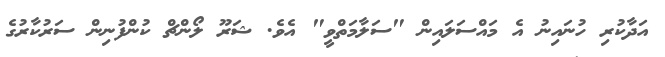
އަދާކުރި ހުނައިނު އެ މައްސަލައިން "ސަލާމަތްވީ" އެވެ. ޝަރޫ ލޯންޗް ކުންފުނިން ސަރުކާރުގެ